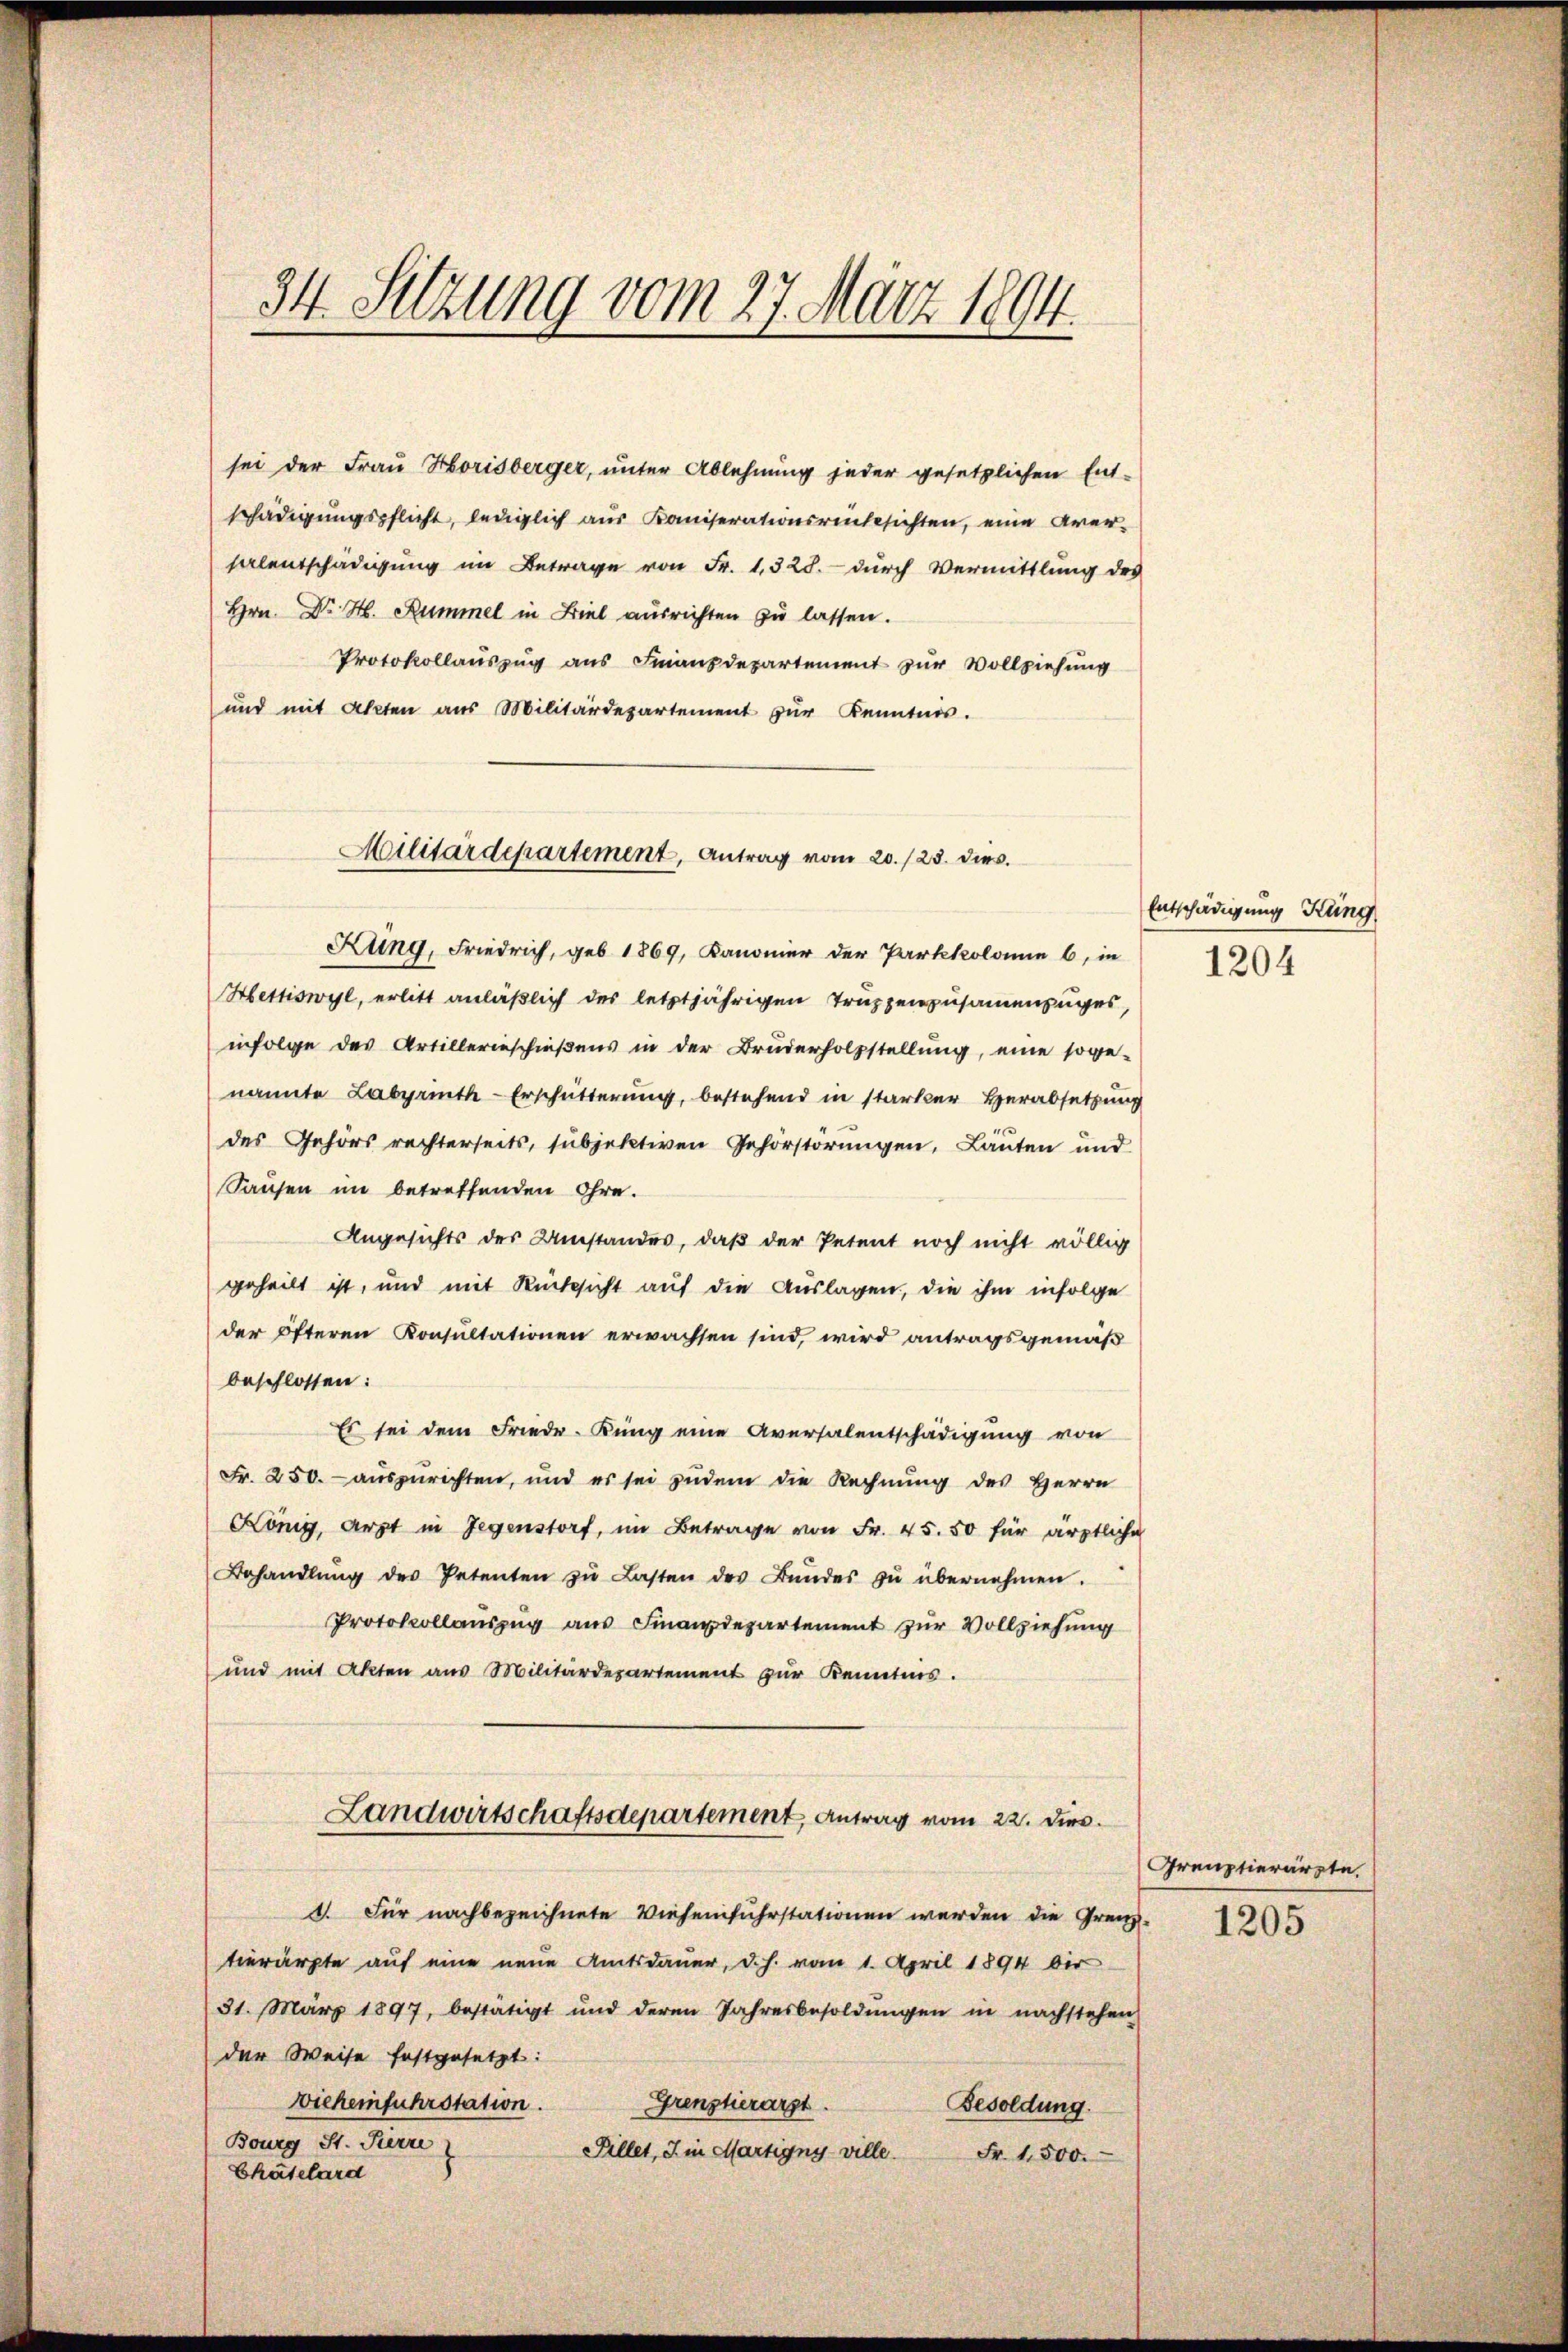
34. Sitzung vom 27. März 1894.

Militärdepartement, Antrag vom 20./23. dies

sei der Frau Horisberger, unter Ablehnung jeder gesetzlichen Ent-
schädigungspflicht, lediglich aus Kaiserationsrücksichten, eine Aversalentschädigung im Betrage von Fr. 1,328. - durch Vermittlung des
Hrn. Dr. H. Rummel in Biel ausrichten zu lassen.
Protokollaŭszŭg aŭs Finanzdepartement zur Vollziehung
und mit Akten aus Militärdepartement zur Kenntnis.

Kung, Friedrich, geb. 1869, Kanonier der Parkkolonie 6, in
Hettiswyl, erlitt anläßlich des letztjährigen Truppenzusammenzuges,
infolge des Artillerieschießens in der Bruderholzstellung, eine soge-
nannte Labyrinth-Erschütterung, bestehend in starker Herabsetzung
.
des Gehörs rechterseits, subjektiven Gehörstörungen, Läuten und
Sausen im betreffenden Ohre.
Angesichts der Umstandes, daß der Petent noch nicht völlig
geheilt ist, und mit Rücksicht auf die Auslagen, die ihm infolge
der öfteren Konsultationen erwachsen sind, wird antragsgemäß
beschlossen:
Es sei dem Frieder-Kung eine Aversalentschädigung von
Fr. 250. auszurichten, und es sei zudem die Rechnung des Herrn
König, Arzt in Gegenstorf, im Betrage von Fr. 45. 50 für ärztliche
Behandlŭng des Petenten zŭ Lasten des Bŭndes zŭ übernehmen.
Protokollauszug aus Finanzdepartement zur Vollziehung
und mit Akten aus Militärdepartement zur Kenntnis.
Landwirtschaftsdepartement, Antrag vom 22. Dies.
. Für nachbezeichnete Vieheinfuhrstationen werden die Grenz-1205
tierärzte auf eine neue Amtsdauer, d. h. vom 1. April 1894 bis
31. März 1897, bestätigt und deren Jahresbesoldŭngen in nachstehen
der Weise festgesetzt:
Vieheinfuhrstation.
Grenztierarzt.
Besoldung.
Bonung d. Jenn
Pillet, J. in Martigny-ville.
Fr. 1500.
Chatelard

Entschädigung Küng
1204

Greuptierärzte.